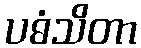
ပဓံသိတာ